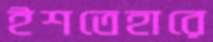
ইশতেহারে